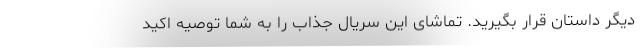
دیگر داستان قرار بگیرید. تماشای این سریال جذاب را به شما توصیه اکید